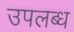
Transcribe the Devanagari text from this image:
उपल्‍ाब्‍ध